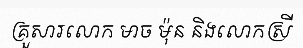
គ្រួសារលោក មាច ម៉ុន និងលោកស្រី